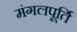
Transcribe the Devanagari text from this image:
मंगलपूर्ति